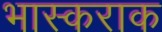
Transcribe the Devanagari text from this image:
भास्कराक